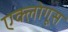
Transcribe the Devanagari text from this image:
एक्लोगूस